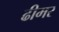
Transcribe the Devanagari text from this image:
ढीमर